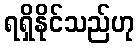
ရရှိနိုင်သည်ဟု